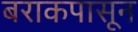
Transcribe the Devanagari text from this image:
बराकपासून